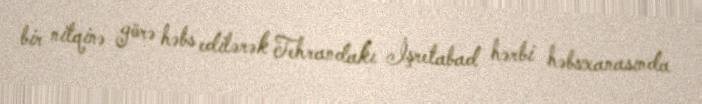
bir nitqinə görə həbs edilərək Tehrandakı İşretabad hərbi həbsxanasında